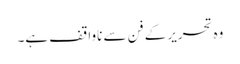
وہ تحریر کے فن سے ناواقف ہے۔